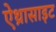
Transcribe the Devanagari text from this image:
ऐथ्रासाइट